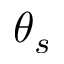
\theta _ { s }